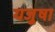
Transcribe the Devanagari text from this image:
यजुषा